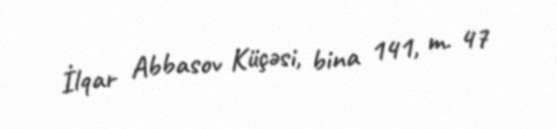
İlqar Abbasov Küçəsi, bina 141, m. 47